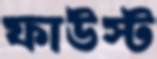
ফাউস্ট